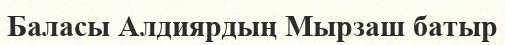
Баласы Алдиярдың Мырзаш батыр